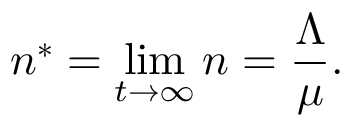
n ^ { * } = \operatorname* { l i m } _ { t \to \infty } n = \frac { \Lambda } { \mu } .